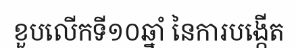
ខួបលើកទី១០ឆ្នាំ នៃការបង្កើត